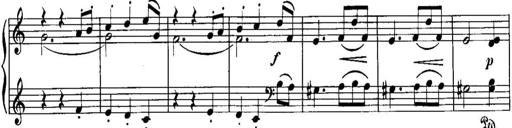
Title: Piano Sonatina No.1, Op.146
Composer: Stephen Heller